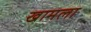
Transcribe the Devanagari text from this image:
खामला